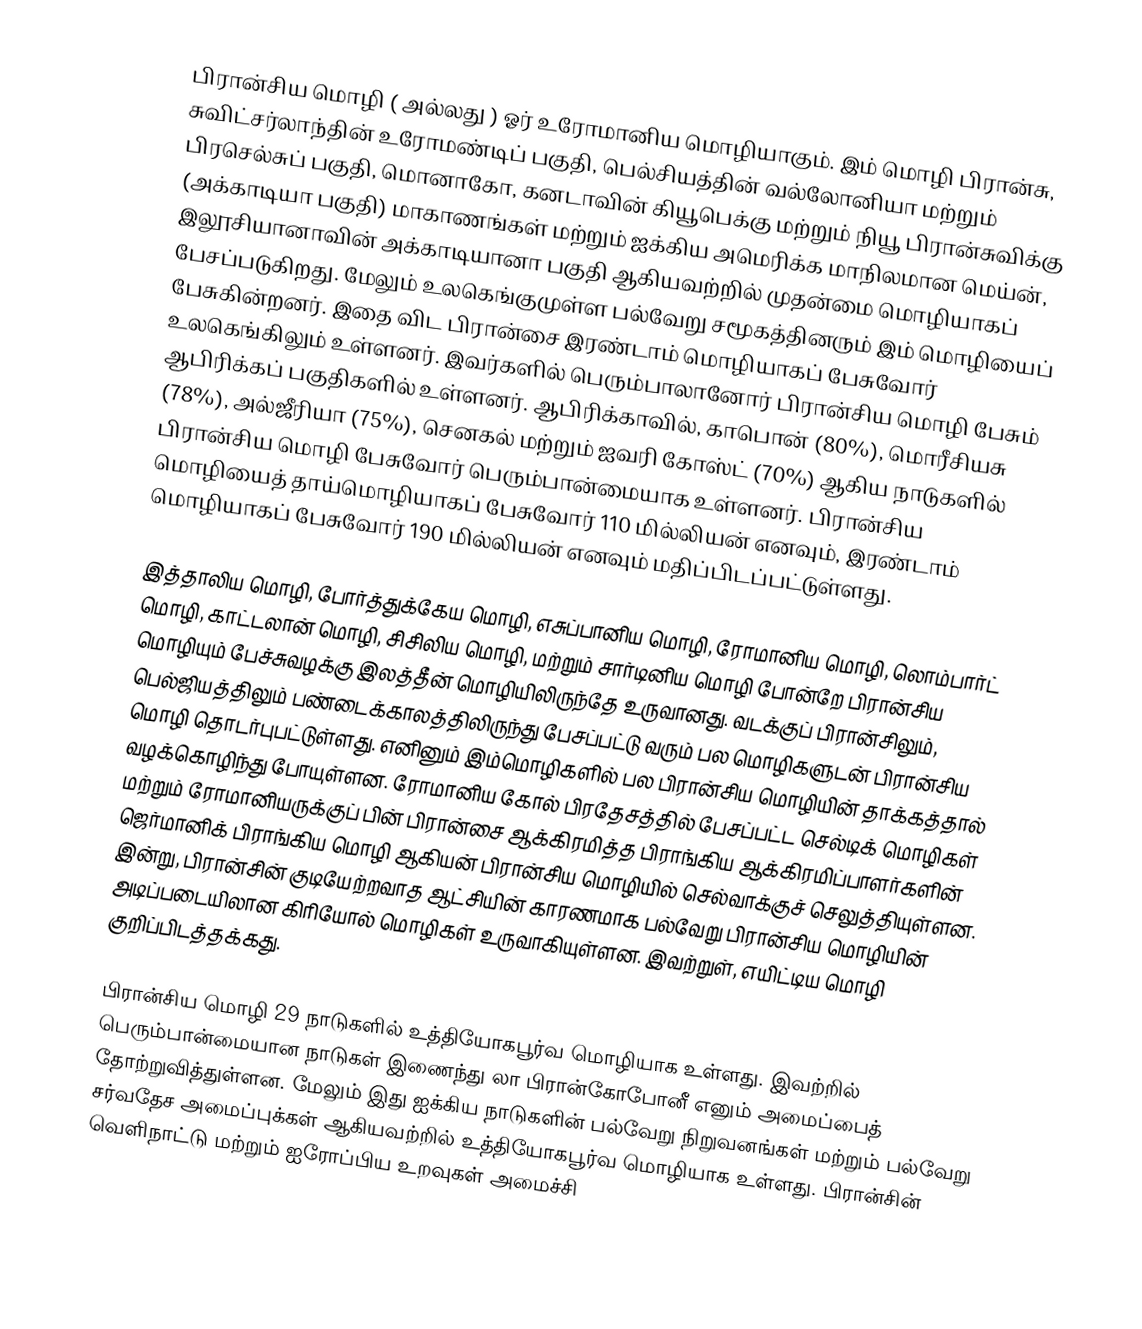
பிரான்சிய மொழி (  அல்லது  ) ஓர்  உரோமானிய மொழியாகும். இம் மொழி பிரான்சு, சுவிட்சர்லாந்தின் உரோமண்டிப் பகுதி, பெல்சியத்தின் வல்லோனியா மற்றும் பிரசெல்சுப் பகுதி, மொனாகோ, கனடாவின் கியூபெக்கு மற்றும் நியூ பிரான்சுவிக்கு (அக்காடியா பகுதி) மாகாணங்கள் மற்றும் ஐக்கிய அமெரிக்க மாநிலமான மெய்ன், இலூசியானாவின் அக்காடியானா பகுதி ஆகியவற்றில் முதன்மை மொழியாகப் பேசப்படுகிறது. மேலும் உலகெங்குமுள்ள பல்வேறு சமூகத்தினரும் இம் மொழியைப் பேசுகின்றனர். இதை விட பிரான்சை  இரண்டாம் மொழியாகப் பேசுவோர் உலகெங்கிலும் உள்ளனர். இவர்களில் பெரும்பாலானோர் பிரான்சிய மொழி பேசும் ஆபிரிக்கப் பகுதிகளில் உள்ளனர். ஆபிரிக்காவில், காபொன் (80%), மொரீசியசு (78%), அல்ஜீரியா (75%), செனகல் மற்றும் ஐவரி கோஸ்ட் (70%) ஆகிய நாடுகளில் பிரான்சிய மொழி பேசுவோர் பெரும்பான்மையாக உள்ளனர். பிரான்சிய மொழியைத் தாய்மொழியாகப் பேசுவோர் 110 மில்லியன் எனவும், இரண்டாம் மொழியாகப் பேசுவோர் 190 மில்லியன் எனவும் மதிப்பிடப்பட்டுள்ளது.

இத்தாலிய மொழி, போர்த்துக்கேய மொழி, எசுப்பானிய மொழி, ரோமானிய மொழி, லொம்பார்ட் மொழி, காட்டலான் மொழி, சிசிலிய மொழி, மற்றும் சார்டினிய மொழி போன்றே பிரான்சிய மொழியும் பேச்சுவழக்கு இலத்தீன் மொழியிலிருந்தே உருவானது. வடக்குப் பிரான்சிலும், பெல்ஜியத்திலும் பண்டைக்காலத்திலிருந்து பேசப்பட்டு வரும் பல மொழிகளுடன் பிரான்சிய மொழி தொடர்புபட்டுள்ளது. எனினும் இம்மொழிகளில் பல பிரான்சிய மொழியின் தாக்கத்தால் வழக்கொழிந்து போயுள்ளன. ரோமானிய கோல் பிரதேசத்தில் பேசப்பட்ட செல்டிக் மொழிகள் மற்றும் ரோமானியருக்குப் பின் பிரான்சை ஆக்கிரமித்த பிராங்கிய ஆக்கிரமிப்பாளர்களின் ஜெர்மானிக் பிராங்கிய மொழி ஆகியன் பிரான்சிய மொழியில் செல்வாக்குச் செலுத்தியுள்ளன. இன்று, பிரான்சின் குடியேற்றவாத ஆட்சியின் காரணமாக பல்வேறு பிரான்சிய மொழியின் அடிப்படையிலான கிரியோல் மொழிகள் உருவாகியுள்ளன. இவற்றுள், எயிட்டிய மொழி குறிப்பிடத்தக்கது.

பிரான்சிய மொழி 29 நாடுகளில் உத்தியோகபூர்வ மொழியாக உள்ளது. இவற்றில் பெரும்பான்மையான நாடுகள் இணைந்து லா பிரான்கோபோனீ எனும் அமைப்பைத் தோற்றுவித்துள்ளன. மேலும் இது ஐக்கிய நாடுகளின் பல்வேறு நிறுவனங்கள் மற்றும் பல்வேறு சர்வதேச அமைப்புக்கள் ஆகியவற்றில் உத்தியோகபூர்வ மொழியாக உள்ளது. பிரான்சின் வெளிநாட்டு மற்றும் ஐரோப்பிய உறவுகள் அமைச்சி